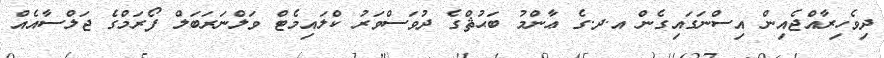
ދިވެހިރާއްޖެއިން އިސްނަގައިގެން އ.ދ.ގެ ޢާންމު ބަޙުޘްގެ ދުވަސްވަރު ކްލައިމެޓް ވަލްނަރަބަލް ފޯރަމްގެ ޖަލްސާއެއް